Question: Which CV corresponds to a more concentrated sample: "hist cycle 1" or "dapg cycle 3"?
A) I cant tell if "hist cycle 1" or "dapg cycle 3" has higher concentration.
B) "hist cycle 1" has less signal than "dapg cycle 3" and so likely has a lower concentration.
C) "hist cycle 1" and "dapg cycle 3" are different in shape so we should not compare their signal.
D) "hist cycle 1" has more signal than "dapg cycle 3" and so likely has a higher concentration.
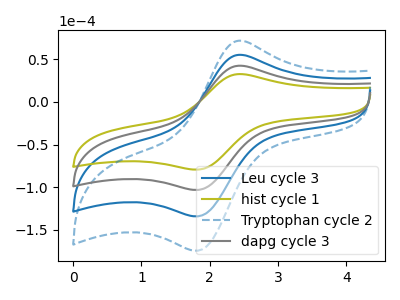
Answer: <think>The blue curve "Leu cycle 3" has an anodic peak at (2.45V, 85.05uA) and a cathodic peak at (1.80V, -206.55uA). The olive curve "hist cycle 1" has an anodic peak at (2.45V, 32.70uA) and a cathodic peak at (1.80V, -79.45uA). The blue dashed curve "Tryptophan cycle 2" has an anodic peak at (2.45V, 127.55uA) and a cathodic peak at (1.80V, -309.80uA). The gray curve "dapg cycle 3" has an anodic peak at (2.45V, 42.50uA) and a cathodic peak at (1.80V, -103.25uA).
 All the peaks in "hist cycle 1" have a peak in "dapg cycle 3" at the same potential. Every peak in "hist cycle 1" is lower than every peak in "dapg cycle 3".</think>
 <answer>B) "hist cycle 1" has less signal than "dapg cycle 3" and so likely has a lower concentration.</answer>
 <eval>B</eval>